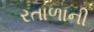
રતાળાની